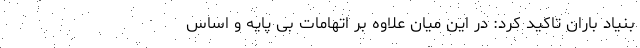
بنیاد باران تاکید کرد: در این میان علاوه بر اتهامات بی پایه و اساس